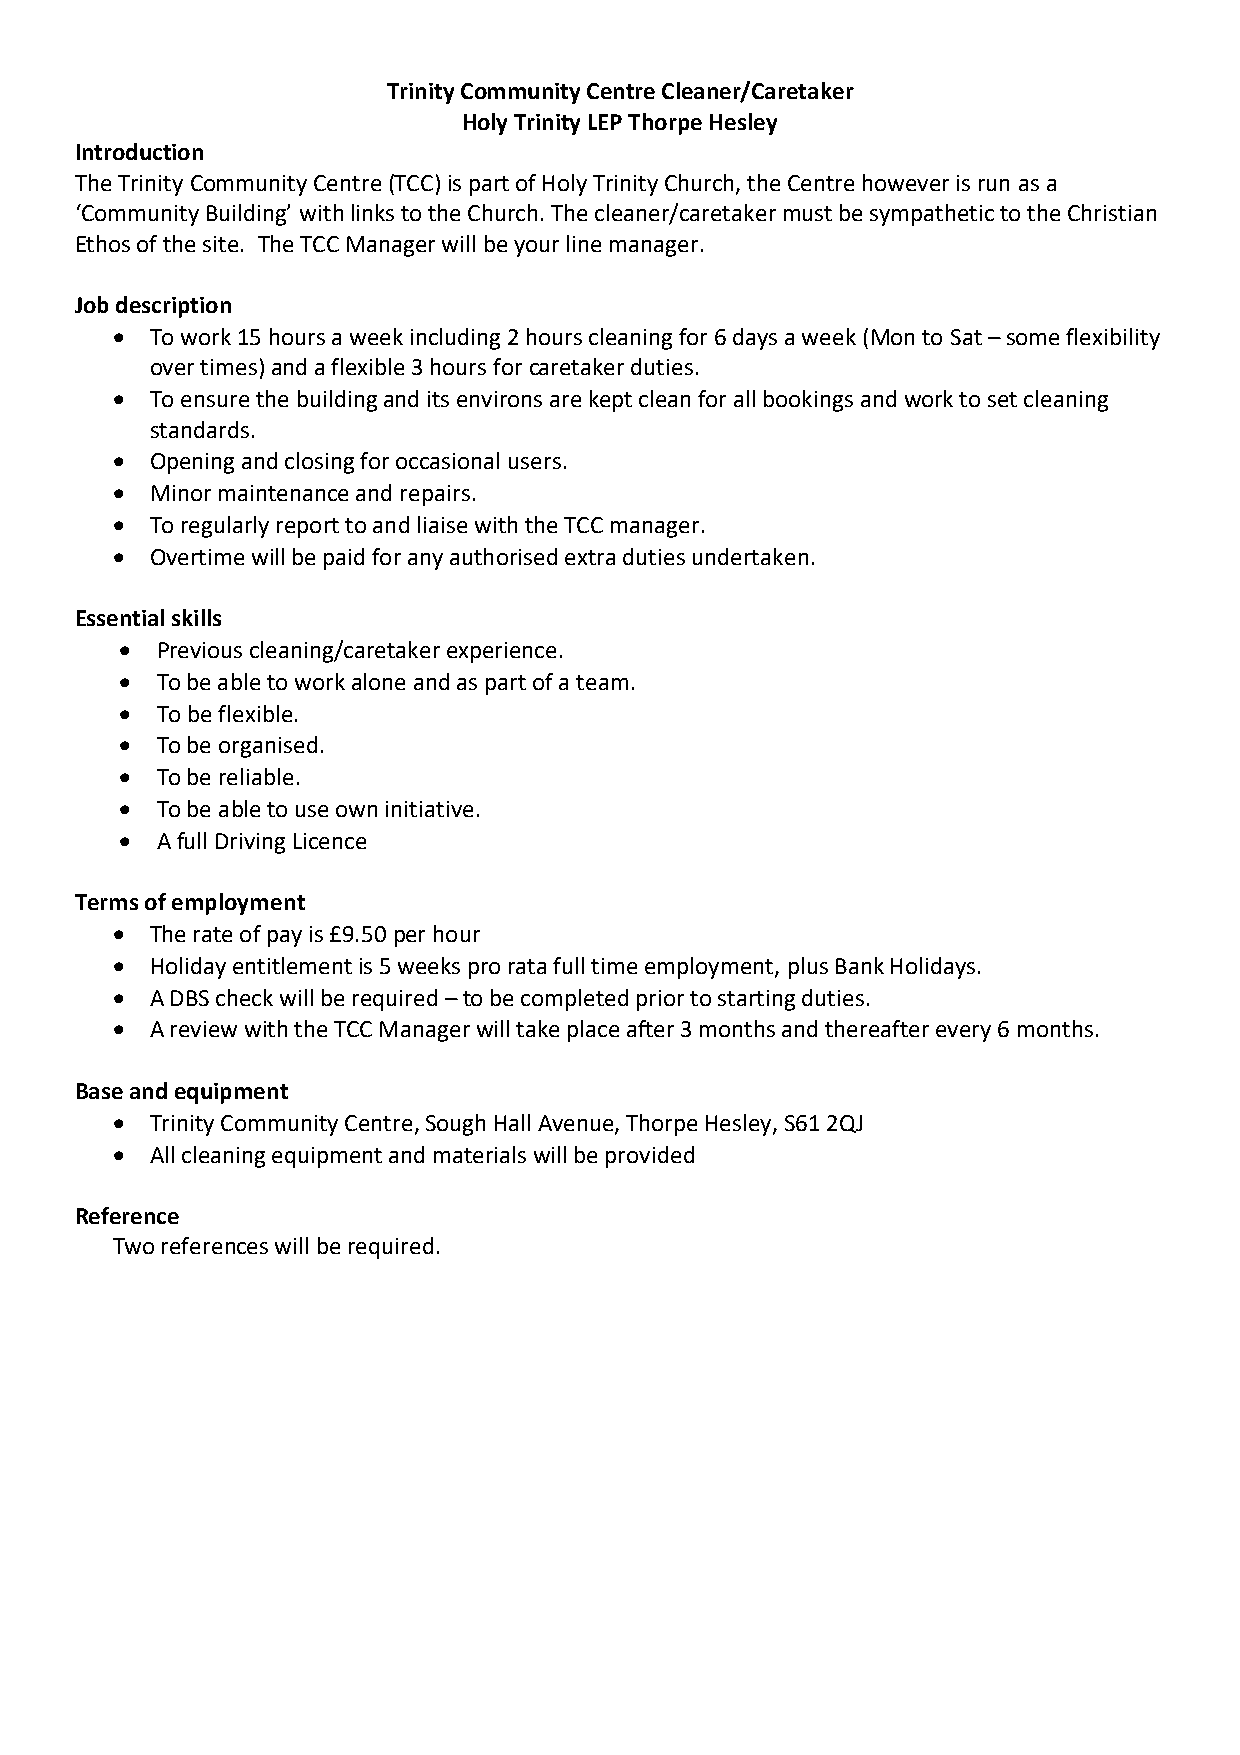
Trinity Community Centre Cleaner/Caretaker
 Holy Trinity LEP Thorpe Hesley
 Introduction
 The Trinity Community Centre (TCC) is part of Holy Trinity Church, the Centre however is run as a
 ‘Community Building’ with links to the Church. The cleaner/caretaker must be sympathetic to the Christian
 Ethos of the site. The TCC Manager will be your line manager.
 Job description
 •  To work 15 hours a week including 2 hours cleaning for 6 days a week (Mon to Sat – some flexibility
 over times) and a flexible 3 hours for caretaker duties.
 •  To ensure the building and its environs are kept clean for all bookings and work to set cleaning
 standards.
 •  Opening and closing for occasional users.
 •  Minor maintenance and repairs.
 •  To regularly report to and liaise with the TCC manager.
 •  Overtime will be paid for any authorised extra duties undertaken.
 Essential skills
 • Previous cleaning/caretaker experience.
 • To be able to work alone and as part of a team.
 • To be flexible.
 • To be organised.
 • To be reliable.
 • To be able to use own initiative.
 • A full Driving Licence
 Terms of employment
 •  The rate of pay is £9.50 per hour
 •  Holiday entitlement is 5 weeks pro rata full time employment, plus Bank Holidays.
 •  A DBS check will be required – to be completed prior to starting duties.
 •  A review with the TCC Manager will take place after 3 months and thereafter every 6 months.
 Base and equipment
 •  Trinity Community Centre, Sough Hall Avenue, Thorpe Hesley, S61 2QJ
 •  All cleaning equipment and materials will be provided
 Reference
 Two references will be required.